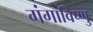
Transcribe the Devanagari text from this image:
गंगाविष्णु